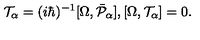
{ \cal T } _ { \alpha } = ( i \hbar ) ^ { - 1 } [ \Omega , \bar { { \cal P } } _ { \alpha } ] , [ \Omega , { \cal T } _ { \alpha } ] = 0 .